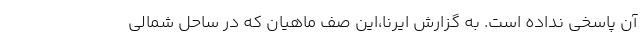
آن پاسخی نداده است. به گزارش ایرنا،این صف ماهیان که در ساحل شمالی